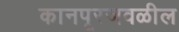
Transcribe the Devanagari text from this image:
कानपूरजवळील